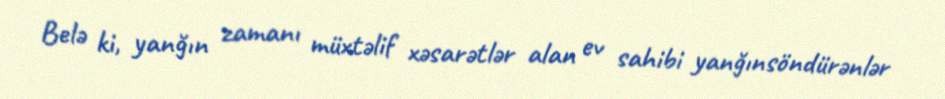
Belə ki, yanğın zamanı müxtəlif xəsarətlər alan ev sahibi yanğınsöndürənlər